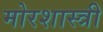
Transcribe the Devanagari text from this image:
मोरशास्त्री